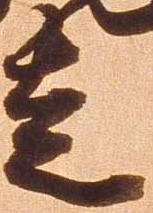
走